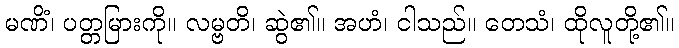
မဏိံ၊ ပတ္တမြားကို။ လမ္ဗတိ၊ ဆွဲ၏။ အဟံ၊ ငါသည်။ တေသံ၊ ထိုလူတို့၏။